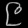
Digit: ၉